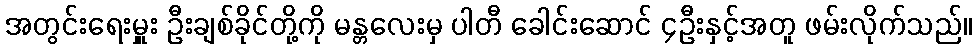
အတွင်းရေးမှူး ဦးချစ်ခိုင်တို့ကို မန္တလေးမှ ပါတီ ခေါင်းဆောင် ၄ဦးနှင့်အတူ ဖမ်းလိုက်သည်။